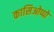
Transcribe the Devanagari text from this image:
कासिओप्पो